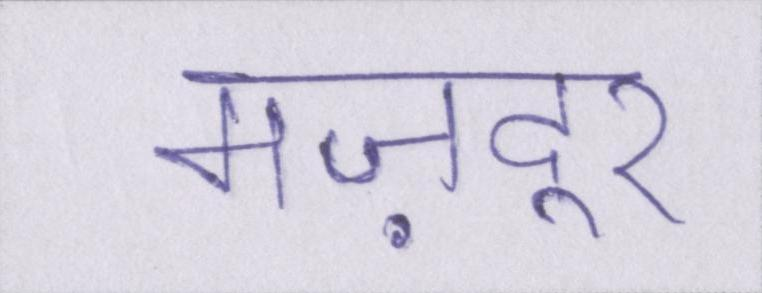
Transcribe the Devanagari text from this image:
मज़दूर